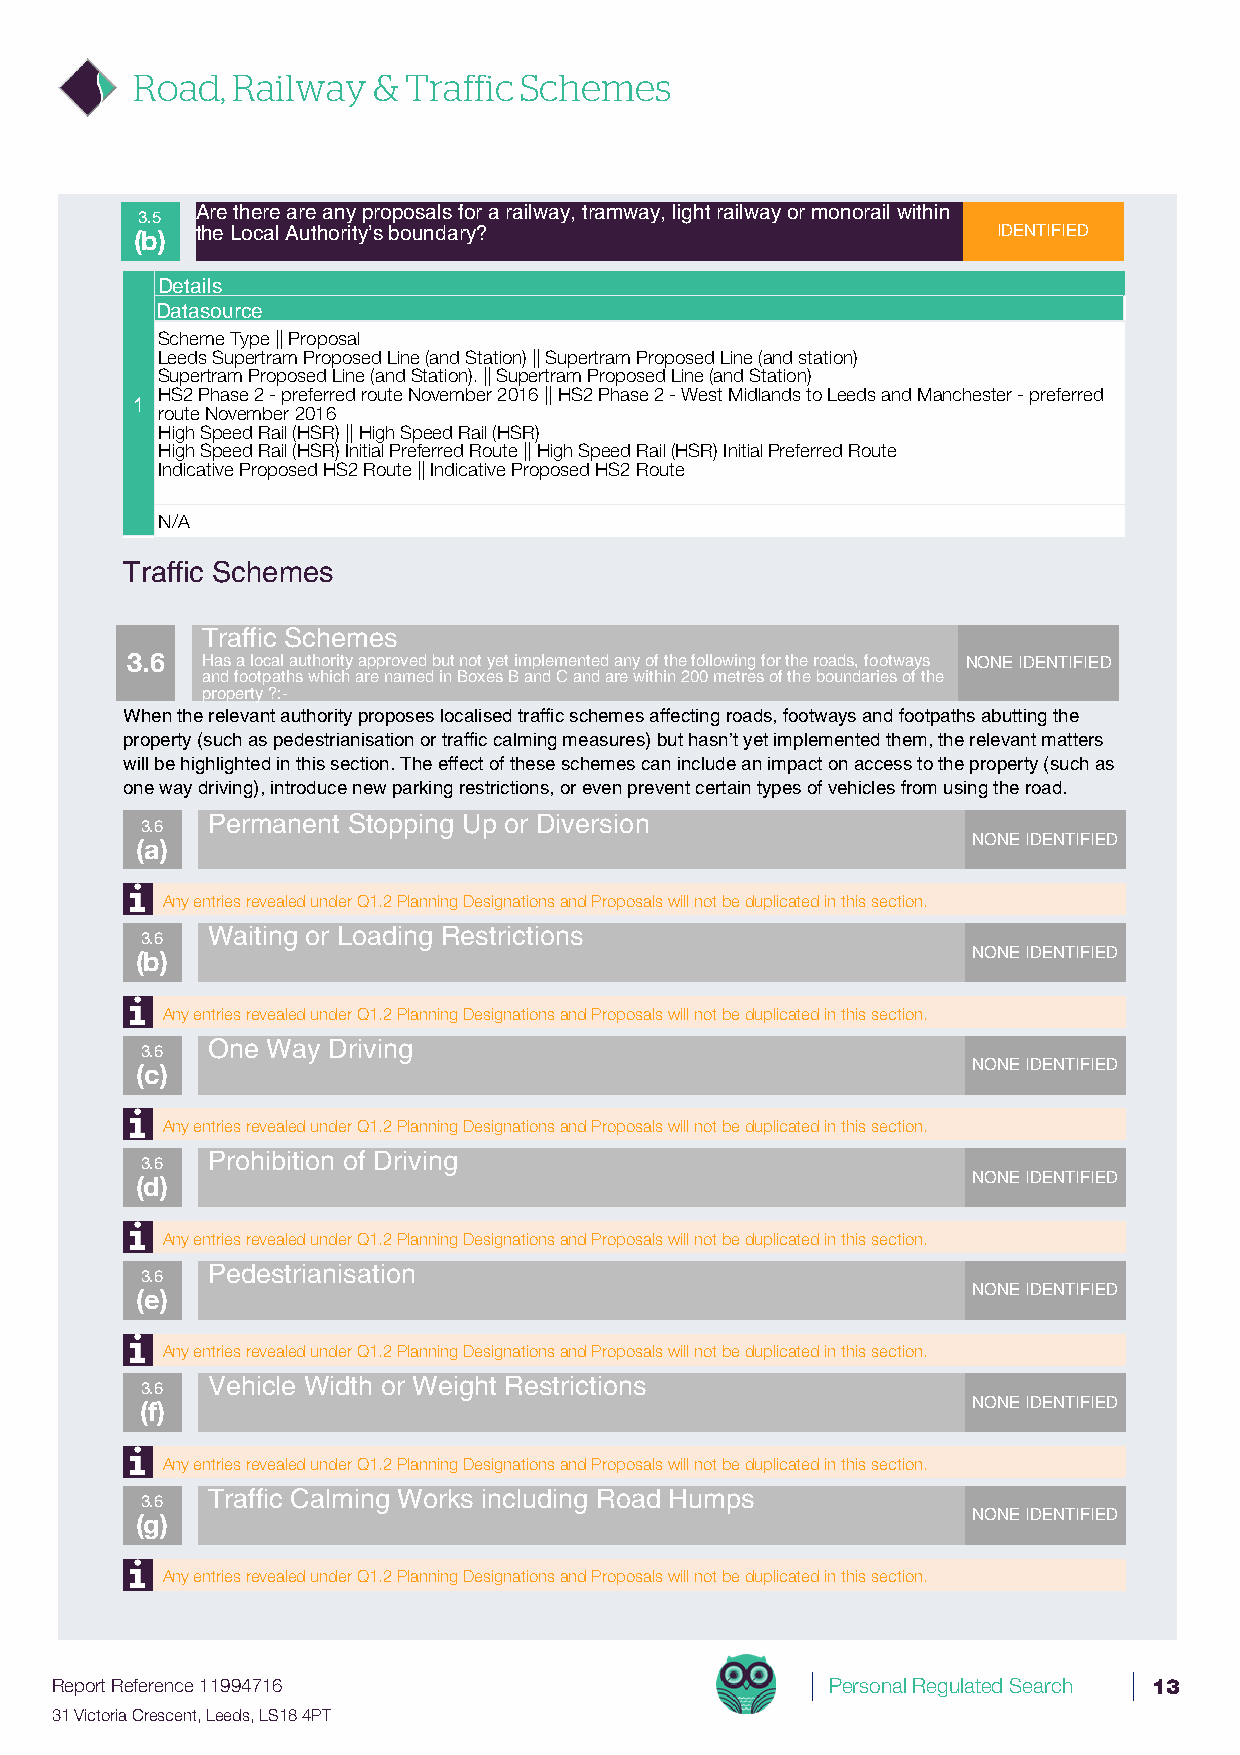
Road, Railway   & Traffic Schemes
 Are there are any proposals for a railway, tramway, light railway or monorail within
 3.5
 (b) the Local Authority’s boundary?                      IDENTIFIED
 Details
 Datasource
 Scheme Type || Proposal
 Leeds Supertram Proposed Line (and Station) || Supertram Proposed Line (and station)
 Supertram Proposed Line (and Station). || Supertram Proposed Line (and Station)
 HS2 Phase 2 - preferred route November 2016 || HS2 Phase 2 - West Midlands to Leeds and Manchester - preferred
 1
 route November 2016
 High Speed Rail (HSR) || High Speed Rail (HSR)
 High Speed Rail (HSR) Initial Preferred Route || High Speed Rail (HSR) Initial Preferred Route
 Indicative Proposed HS2 Route || Indicative Proposed HS2 Route
 N/A
 Traffic Schemes
 Traffic Schemes
 3.6  Has a local authority approved but not yet implemented any of the following for the roads, footways NONE IDENTIFIED
 and footpaths which are named in Boxes B and C and are within 200 metres of the boundaries of the
 property ?:-
 When the relevant authority proposes localised traffic schemes affecting roads, footways and footpaths abutting the
 property (such as pedestrianisation or traffic calming measures) but hasn’t yet implemented them, the relevant matters
 will be highlighted in this section. The effect of these schemes can include an impact on access to the property (such as
 one way driving), introduce new parking restrictions, or even prevent certain types of vehicles from using the road.
 Permanent Stopping Up or Diversion
 3.6
 (a)                                                    NONE IDENTIFIED
 Any entries revealed under Q1.2 Planning Designations and Proposals will not be duplicated in this section.
 Waiting or Loading Restrictions
 3.6
 (b)                                                    NONE IDENTIFIED
 Any entries revealed under Q1.2 Planning Designations and Proposals will not be duplicated in this section.
 One Way Driving
 3.6
 (c)                                                    NONE IDENTIFIED
 Any entries revealed under Q1.2 Planning Designations and Proposals will not be duplicated in this section.
 Prohibition of Driving
 3.6
 (d)                                                    NONE IDENTIFIED
 Any entries revealed under Q1.2 Planning Designations and Proposals will not be duplicated in this section.
 Pedestrianisation
 3.6
 (e)                                                    NONE IDENTIFIED
 Any entries revealed under Q1.2 Planning Designations and Proposals will not be duplicated in this section.
 Vehicle Width or Weight Restrictions
 3.6
 (f)                                                    NONE IDENTIFIED
 Any entries revealed under Q1.2 Planning Designations and Proposals will not be duplicated in this section.
 Traffic Calming Works including Road Humps
 3.6
 (g)                                                    NONE IDENTIFIED
 Any entries revealed under Q1.2 Planning Designations and Proposals will not be duplicated in this section.
 Report Reference 11994716                           Personal Regulated Search 13
 31 Victoria Crescent, Leeds, LS18 4PT